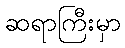
ဆရာကြီးမှာ